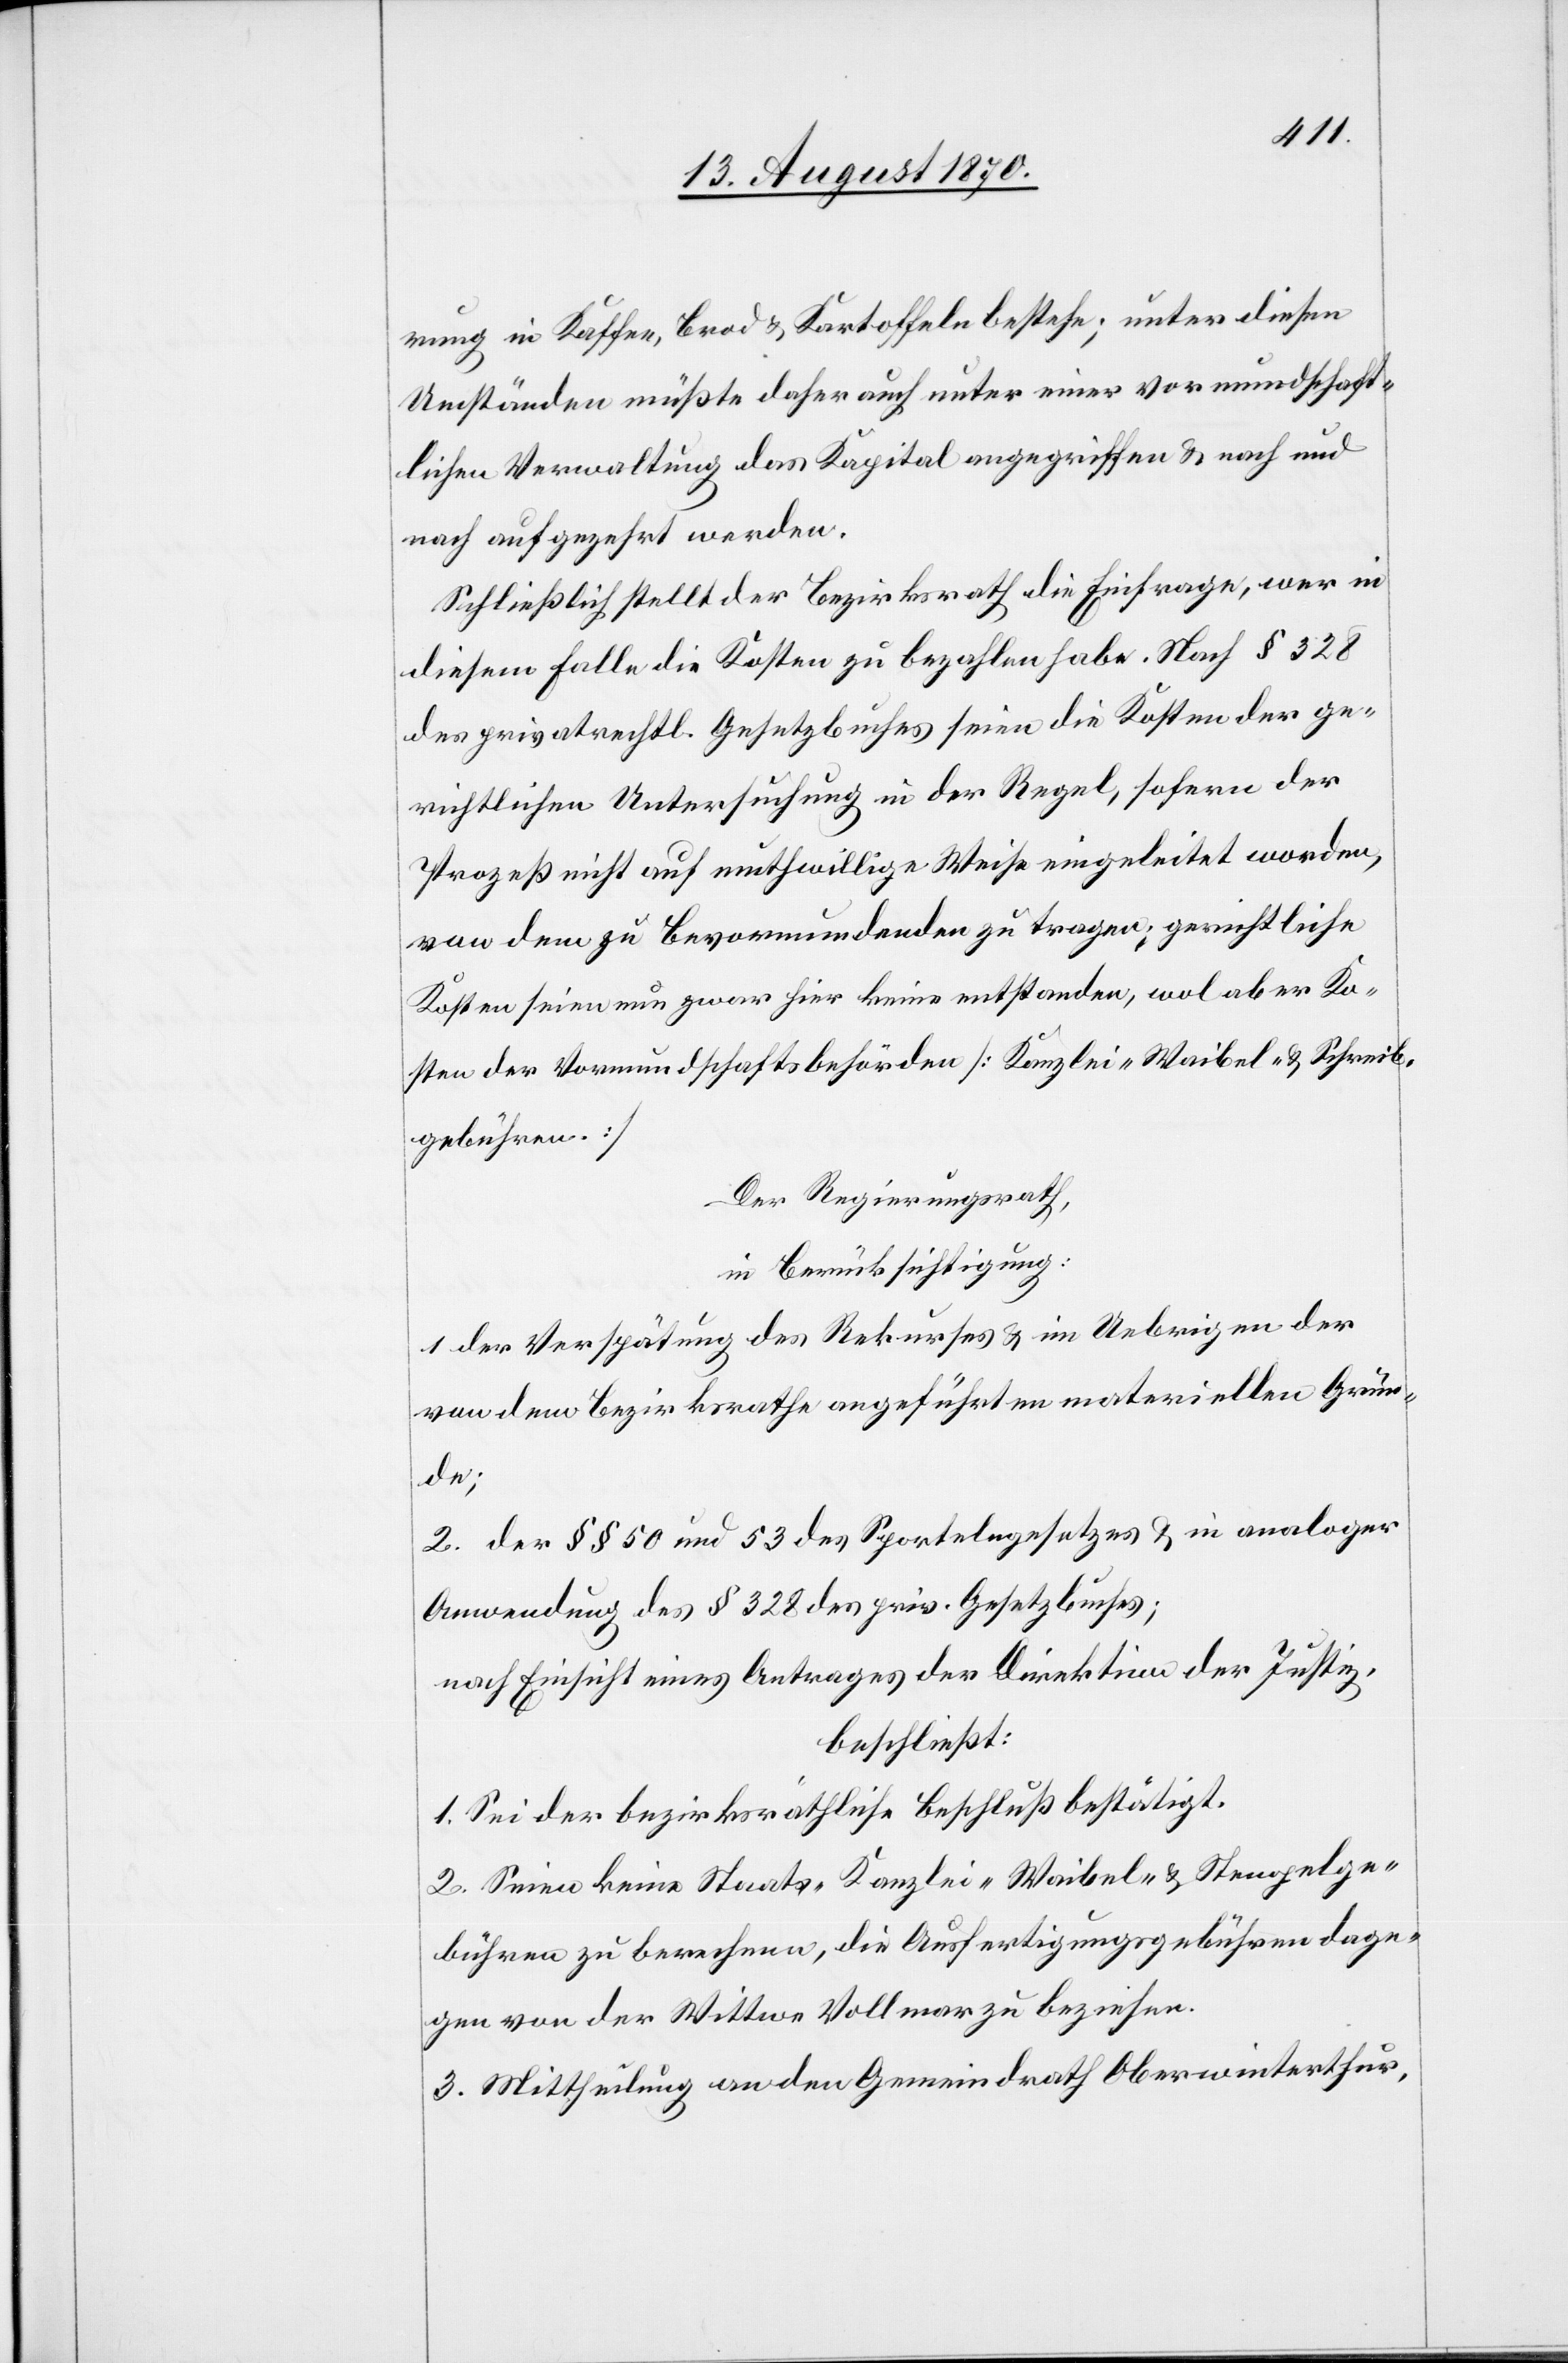
rung in Kaffee, Brod & Kartoffeln bestehe; unter diesen
Umständen müßte daher auch unter einer vormundschaft¬
lichen Verwaltung das Kapital angegriffen & nach und
nach aufgezehrt werden.
Schließlich stellt der Bezirksrath die Einfrage, wer in
diesem Falle die Kosten zu bezahlen habe. Nach § 328
des privatrechtl. Gesetzbuches seien die Kosten der ge¬
richtlichen Untersuchung in der Regel, sofern der
Prozeß nicht auf muthwillige Weise eingeleitet worden
von dem zu Bevormundeten zu tragen; gerichtliche
Kosten seien nun zwar hier keine entstanden, wol aber Ko¬
sten der Vormundschaftsbehörden [Kanzlei- Waibel- & Schreib¬
gebühren]
Der Regierungsrath,
in Berücksichtigung:
1. der Verspätung des Rekurses & im Uebrigen der
von dem Bezirksrathe angeführten materiellen Grün¬
de;
2. der §§ 50 und 53 des Sportelngesetzes & in analoger
Anwendung des § 328 des priv. Gesetzbuches;
nach Einsicht eines Antrages der Direktion der Justiz,
beschließt:
1. Sei der bezirksräthliche Beschluß bestätigt.
2. Seien keine Staats- Kanzlei- Waibel & Stempelge¬
bühren zu berechnen, die Ausfertigungsgebühren dage¬
gen von der Wittwe Vollmar zu beziehen.
3. Mittheilung an den Gemeindrath Oberwinterthur,